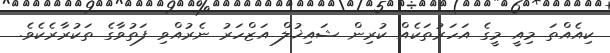
ކިއެއްތަ މިއީ މީގެ އަހަރުތަކެއް ކުރިން ޝައިޚުލް އަޒްހަރު ނެރުއްވި ފަތުވާގެ ތަކުރާރެކެވެ.